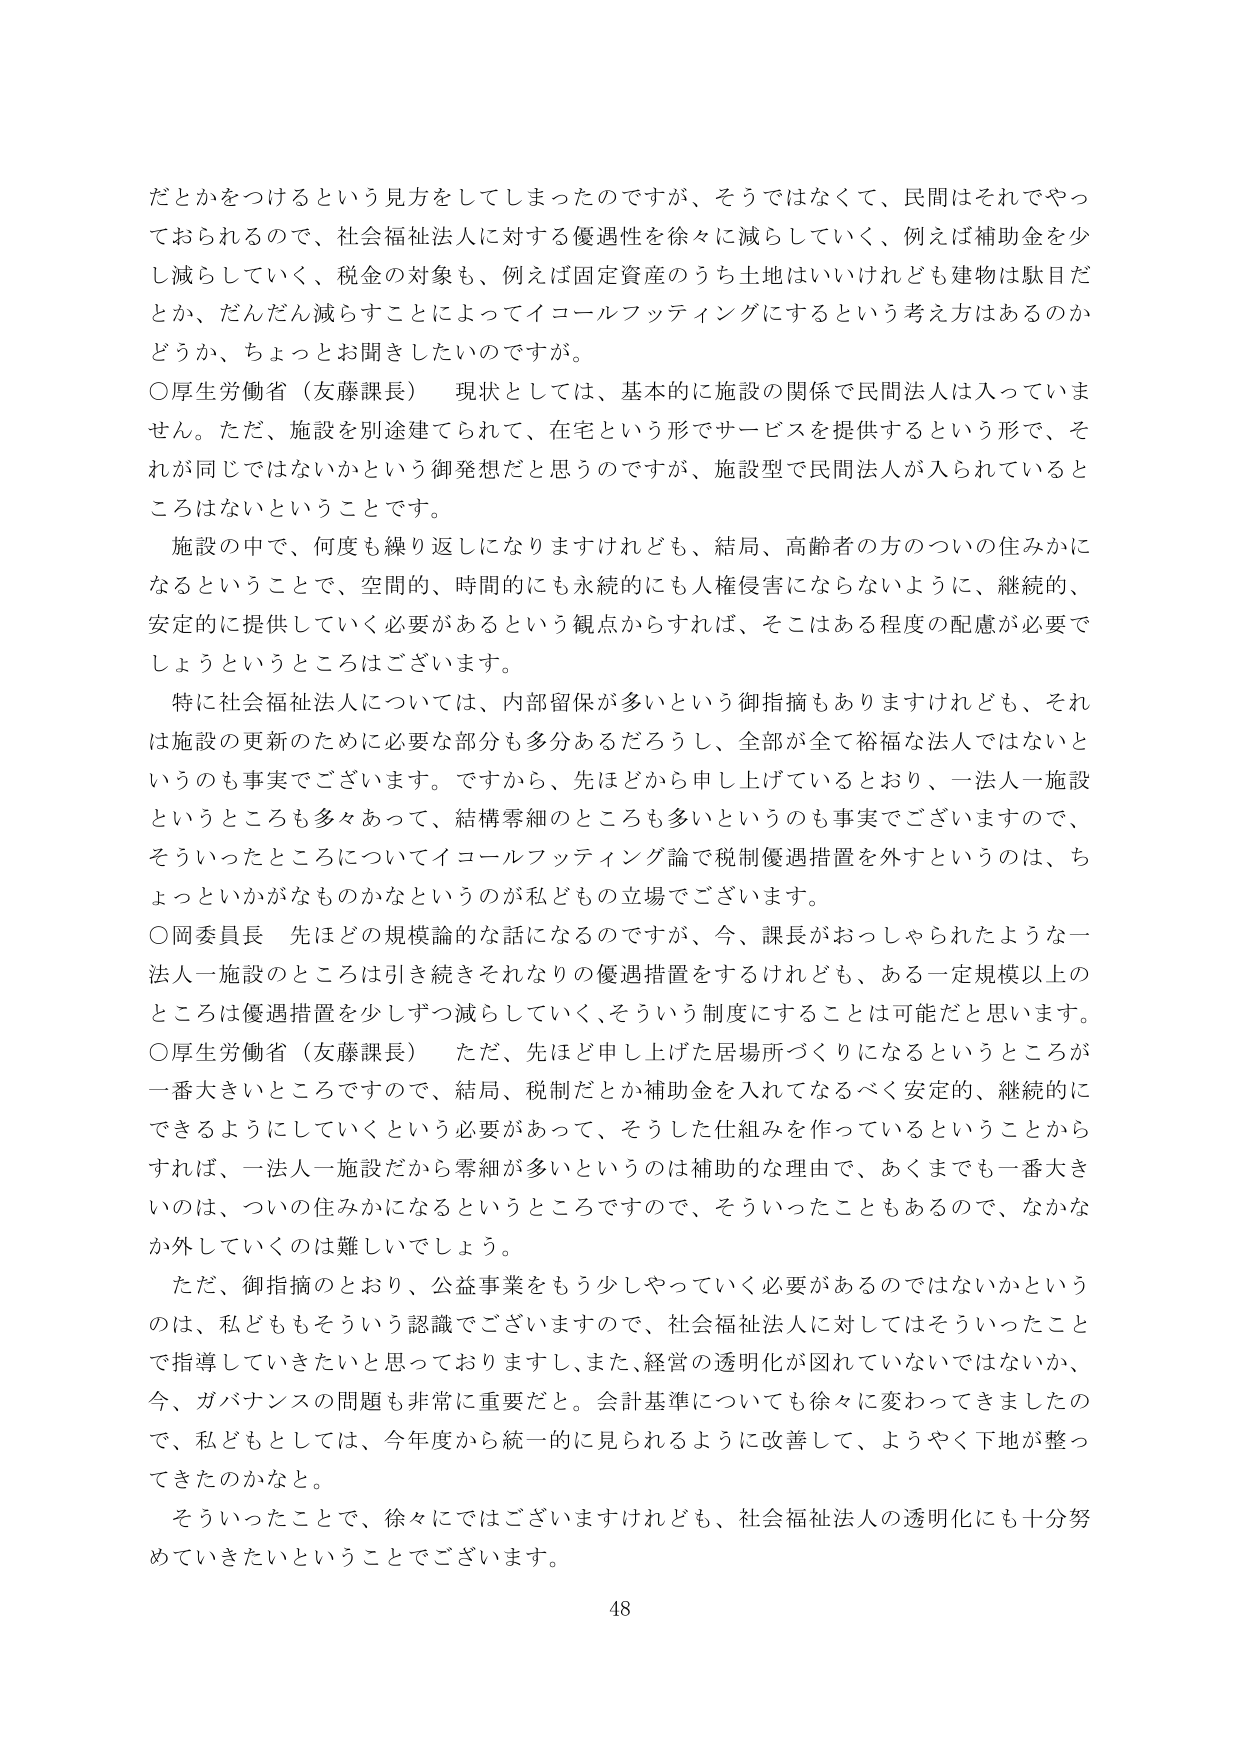
だとかをつけるという見方をしてしまったのですが、そうではなくて、民間はそれでやっておられるので、社会福祉法人に対する優遇性を徐々に減らしていく、例えば補助金を少し減らしていく、税金の対象も、例えば固定資産のうち土地はいいけれども建物は駄目だとか、だんだん減らすことによってイコールフッティングにするという考え方はあるのかどうか、ちょっとお聞きしたいのですが。

○厚生労働省（友藤課長）　現状としては、基本的に施設の関係で民間法人は入っていません。ただ、施設を別途建てられて、在宅という形でサービスを提供するという形で、それが同じではないかという御発想だと思うのですが、施設型で民間法人が入れられているところはないということです。

施設の中で、何度も繰り返しになりますけれども、結局、高齢者の方のついの住みかになるということで、空間的、時間的にも永続的にも人権侵害にならないように、継続的、安定的に提供していく必要があるという観点からすれば、そこはある程度の配慮が必要でしょうというところはございます。

特に社会福祉法人については、内部留保が多いという御指摘もありますけれども、それは施設の更新のために必要な部分も多分あるだろうし、全部が全て裕福な法人ではないというのも事実でございます。ですから、先ほどから申し上げているとおり、一法人一施設というところも多々あって、結構零細のところも多いというのも事実でございますので、そういったところについてイコールフッティング論で税制優遇措置を外すというのは、ちょっといかがなものかなというのが私どもの立場でございます。

○岡委員長　先ほどの規模論的な話になるのですが、今、課長がおっしゃられたような一法人一施設のところは引き続きそれなりの優遇措置をするけれども、ある一定規模以上のところは優遇措置を少しずつ減らしていく、そういう制度にすることは可能だと思います。

○厚生労働省（友藤課長）　ただ、先ほど申し上げた居場所づくりになるというところが一番大きいところですので、結局、税制だとか補助金を入れてなるべく安定的、継続的にできるようにしていくという必要があって、そうした仕組みを作っているということからすれば、一法人一施設だから零細が多いというのは補助的な理由で、あくまでも一番大きいのは、ついの住みかになるというところですので、そういったこともあるので、なかなか外していくのは難しいでしょう。

ただ、御指摘のとおり、公益事業をもう少しやっていく必要があるのではないかというのは、私どももそういう認識でございますので、社会福祉法人に対してはそういったことで指導していきたいと思っておりますし、また、経営の透明化が図れていないではないか、今、ガバナンスの問題も非常に重要だと。会計基準についても徐々に変わってきましたので、私どもとしては、今年度から統一的に見られるように改善して、ようやく下地が整ってきたのかなと。

そういったことで、徐々にではございますけれども、社会福祉法人の透明化にも十分努めていきたいということでございます。

48